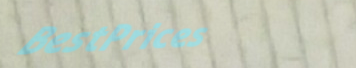
BestPrices